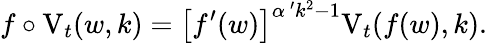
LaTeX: f\circ\mathrm{V}_{t}(w,k)=\left[f^{\prime}(w)\right]^{\alpha^{\, \prime}k^{2}-1}\mathrm{V}_{t}(f(w),k).